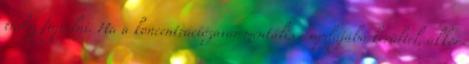
tudsz figyelni. Ha a koncentrációzavar mentális csapdájába kerültél, akkor